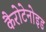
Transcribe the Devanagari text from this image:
कैरोटेनोइड